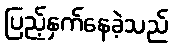
ပြည့်နှက်နေခဲ့သည်